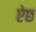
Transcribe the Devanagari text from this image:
ऐछ